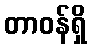
တာဝန်ရှိ